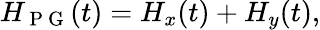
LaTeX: H_{\mathrm{~P~G~}}(t)=H_{x}(t)+H_{y}(t),